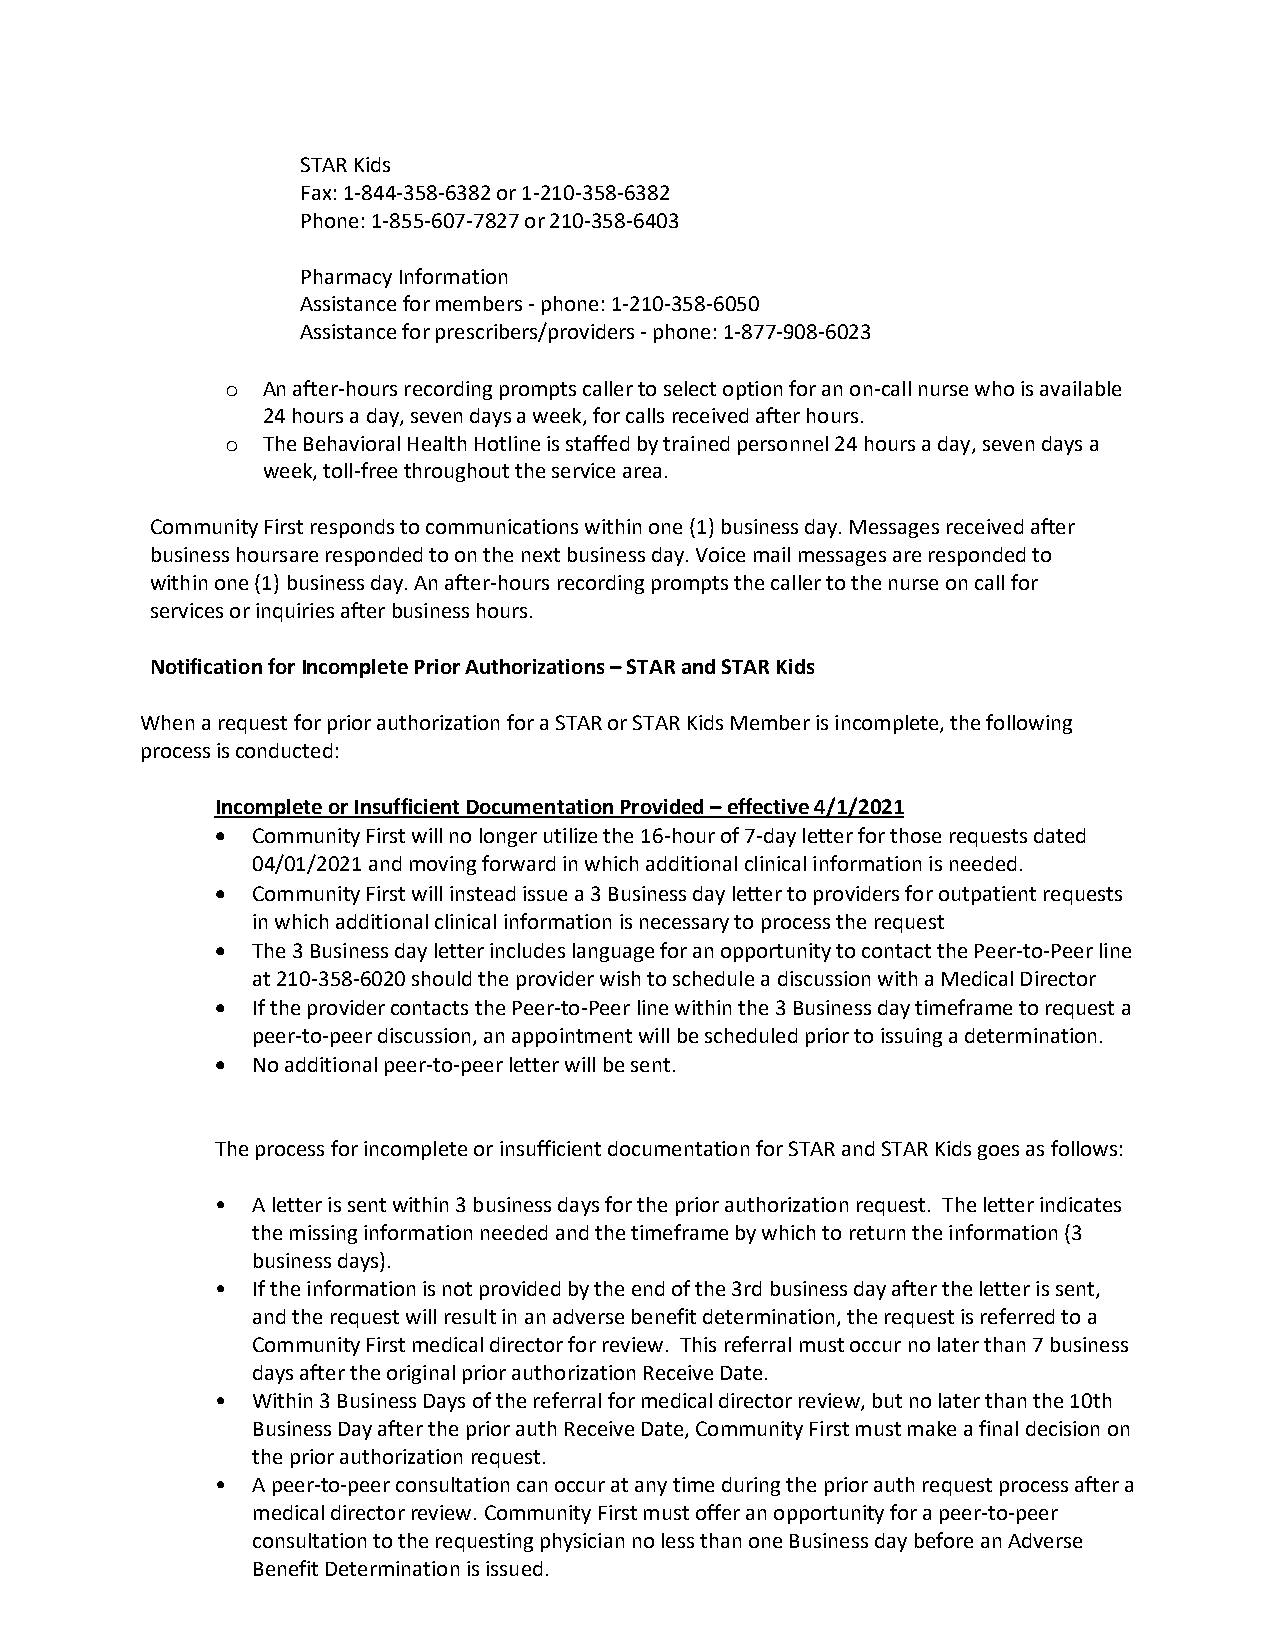
STAR Kids
 Fax: 1-844-358-6382 or 1-210-358-6382
 Phone: 1-855-607-7827 or 210-358-6403
 Pharmacy Information
 Assistance for members - phone: 1-210-358-6050
 Assistance for prescribers/providers - phone: 1-877-908-6023
 o An after-hours recording prompts caller to select option for an on-call nurse who is available
 24 hours a day, seven days a week, for calls received after hours.
 o The Behavioral Health Hotline is staffed by trained personnel 24 hours a day, seven days a
 week, toll-free throughout the service area.
 Community First responds to communications within one (1) business day. Messages received after
 business hours are responded to on the next business day. Voice mail messages are responded to
 within one (1) business day. An after-hours recording prompts the caller to the nurse on call for
 services or inquiries after business hours.
 Notification for Incomplete Prior Authorizations – STAR and STAR Kids
 When a request for prior authorization for a STAR or STAR Kids Member is incomplete, the following
 process is conducted:
 Incomplete or Insufficient Documentation Provided – effective 4/1/2021
 •  Community First will no longer utilize the 16-hour of 7-day letter for those requests dated
 04/01/2021 and moving forward in which additional clinical information is needed.
 •  Community First will instead issue a 3 Business day letter to providers for outpatient requests
 in which additional clinical information is necessary to process the request
 •  The 3 Business day letter includes language for an opportunity to contact the Peer-to-Peer line
 at 210-358-6020 should the provider wish to schedule a discussion with a Medical Director
 •  If the provider contacts the Peer-to-Peer line within the 3 Business day timeframe to request a
 peer-to-peer discussion, an appointment will be scheduled prior to issuing a determination.
 •  No additional peer-to-peer letter will be sent.
 The process for incomplete or insufficient documentation for STAR and STAR Kids goes as follows:
 •  A letter is sent within 3 business days for the prior authorization request. The letter indicates
 the missing information needed and the timeframe by which to return the information (3
 business days).
 •  If the information is not provided by the end of the 3rd business day after the letter is sent,
 and the request will result in an adverse benefit determination, the request is referred to a
 Community First medical director for review. This referral must occur no later than 7 business
 days after the original prior authorization Receive Date.
 •  Within 3 Business Days of the referral for medical director review, but no later than the 10th
 Business Day after the prior auth Receive Date, Community First must make a final decision on
 the prior authorization request.
 •  A peer-to-peer consultation can occur at any time during the prior auth request process after a
 medical director review. Community First must offer an opportunity for a peer-to-peer
 consultation to the requesting physician no less than one Business day before an Adverse
 Benefit Determination is issued.